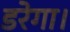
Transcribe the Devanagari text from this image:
डरेगा।